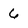
Character: 6